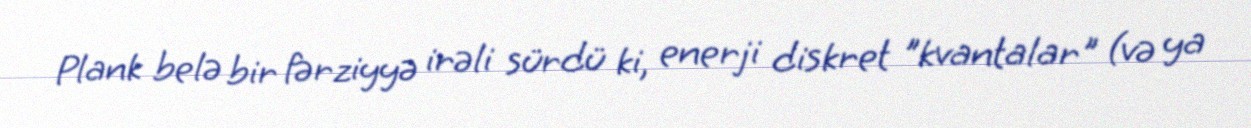
Plank belə bir fərziyyə irəli sürdü ki, enerji diskret "kvantalar" (və ya